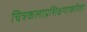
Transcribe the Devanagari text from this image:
चित्रकलाप्रशिक्षणाकरिता